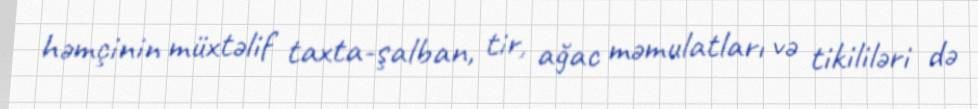
həmçinin müxtəlif taxta-şalban, tir, ağac məmulatları və tikililəri də